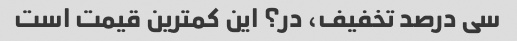
سی درصد تخفیف، در؟ این کمترین قیمت است